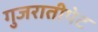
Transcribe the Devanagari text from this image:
गुजरातीपेट